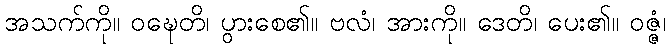
အသက်ကို။ ဝဍ္ဎေတိ၊ ပွားစေ၏။ ဗလံ၊ အားကို။ ဒေတိ၊ ပေး၏။ ဝဇ္ဇံ၊